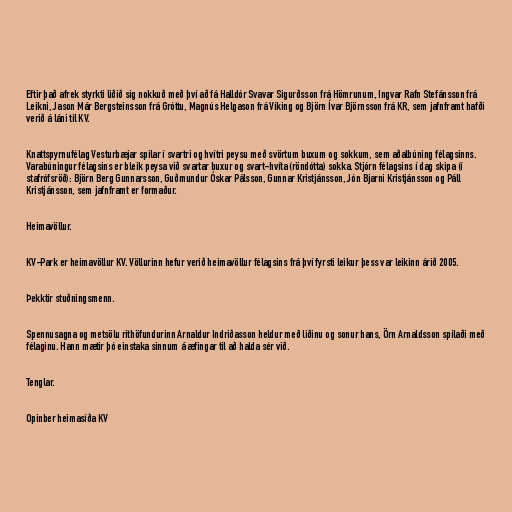
Eftir það afrek styrkti liðið sig nokkuð með því að fá Halldór Svavar Sigurðsson frá Hömrunum, Ingvar Rafn Stefánsson frá
Leikni, Jason Már Bergsteinsson frá Gróttu, Magnús Helgason frá Víking og Björn Ívar Björnsson frá KR, sem jafnframt hafði
verið á láni til KV.

Knattspyrnufélag Vesturbæjar spilar í svartri og hvítri peysu með svörtum buxum og sokkum, sem aðalbúning félagsinns.
Varabúningur félagsins er bleik peysa við svartar buxur og svart-hvíta (röndótta) sokka. Stjórn félagsins í dag skipa (í
stafrófsröð): Björn Berg Gunnarsson, Guðmundur Óskar Pálsson, Gunnar Kristjánsson, Jón Bjarni Kristjánsson og Páll
Kristjánsson, sem jafnframt er formaður.

Heimavöllur.

KV-Park er heimavöllur KV. Völlurinn hefur verið heimavöllur félagsins frá því fyrsti leikur þess var leikinn árið 2005.

Þekktir stuðningsmenn.

Spennusagna og metsölu rithöfundurinn Arnaldur Indriðasson heldur með liðinu og sonur hans, Örn Arnaldsson spilaði með
félaginu. Hann mætir þó einstaka sinnum á æfingar til að halda sér við.

Tenglar.

Opinber heimasíða KV